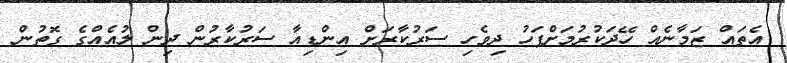
އެތައް ޒަމާނެއް ހޭދަކުރުމަށްފަހު ދިވެހި ސަރުކާރަށް އިންޑިއާ ސަރުކާރުން ދިން ލުއެއްގެ ގޮތުން